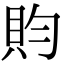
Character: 䝧